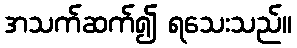
အသက်ဆက်၍ ရသေးသည်။